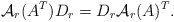
\begin{align*}\mathcal A_r(A^T)D_r=D_r\mathcal A_r(A)^T.\end{align*}